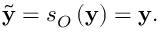
\widetilde { \mathbf { y } } = s _ { O } \left( \mathbf { y } \right) = \mathbf { y } .